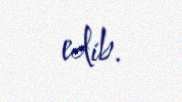
edib.